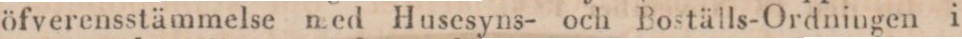
öfverensstämmelse med Husesyns- och Boställs-Ordningen i